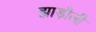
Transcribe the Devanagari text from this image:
झाड़ौली